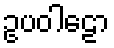
ဥပဝါဠော